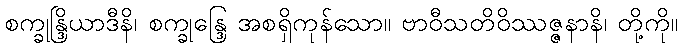
စက္ခုန္ဒြိယာဒီနိ၊ စက္ခုန္ဒြေ အစရှိကုန်သော။ ဗာဝီသတိဝိဿဇ္ဇနာနိ၊ တို့ကို။